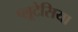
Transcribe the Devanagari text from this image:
प्लूटेसिया